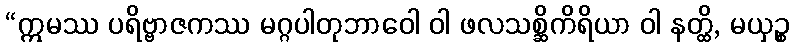
“ဣမဿ ပရိဗ္ဗာဇကဿ မဂ္ဂပါတုဘာဝေါ ဝါ ဖလသစ္ဆိကိရိယာ ဝါ နတ္ထိ, မယှဉ္စ